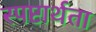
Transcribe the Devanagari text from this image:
स्पष्टार्थता